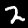
Label: 2